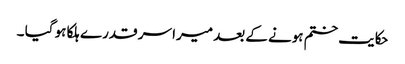
حکایت ختم ہونے کے بعد میرا سر قدرے ہلکا ہو گیا ۔